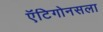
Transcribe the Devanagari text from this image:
ऍंटिगोनसला